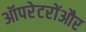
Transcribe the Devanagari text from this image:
ऑपरेटरोंऔर